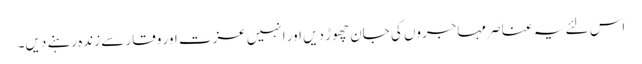
اس لئے یہ عناصر مہاجروں کی جان چھوڑ دیں اور انہیں عزت اور وقار سے زندہ رہنے دیں۔